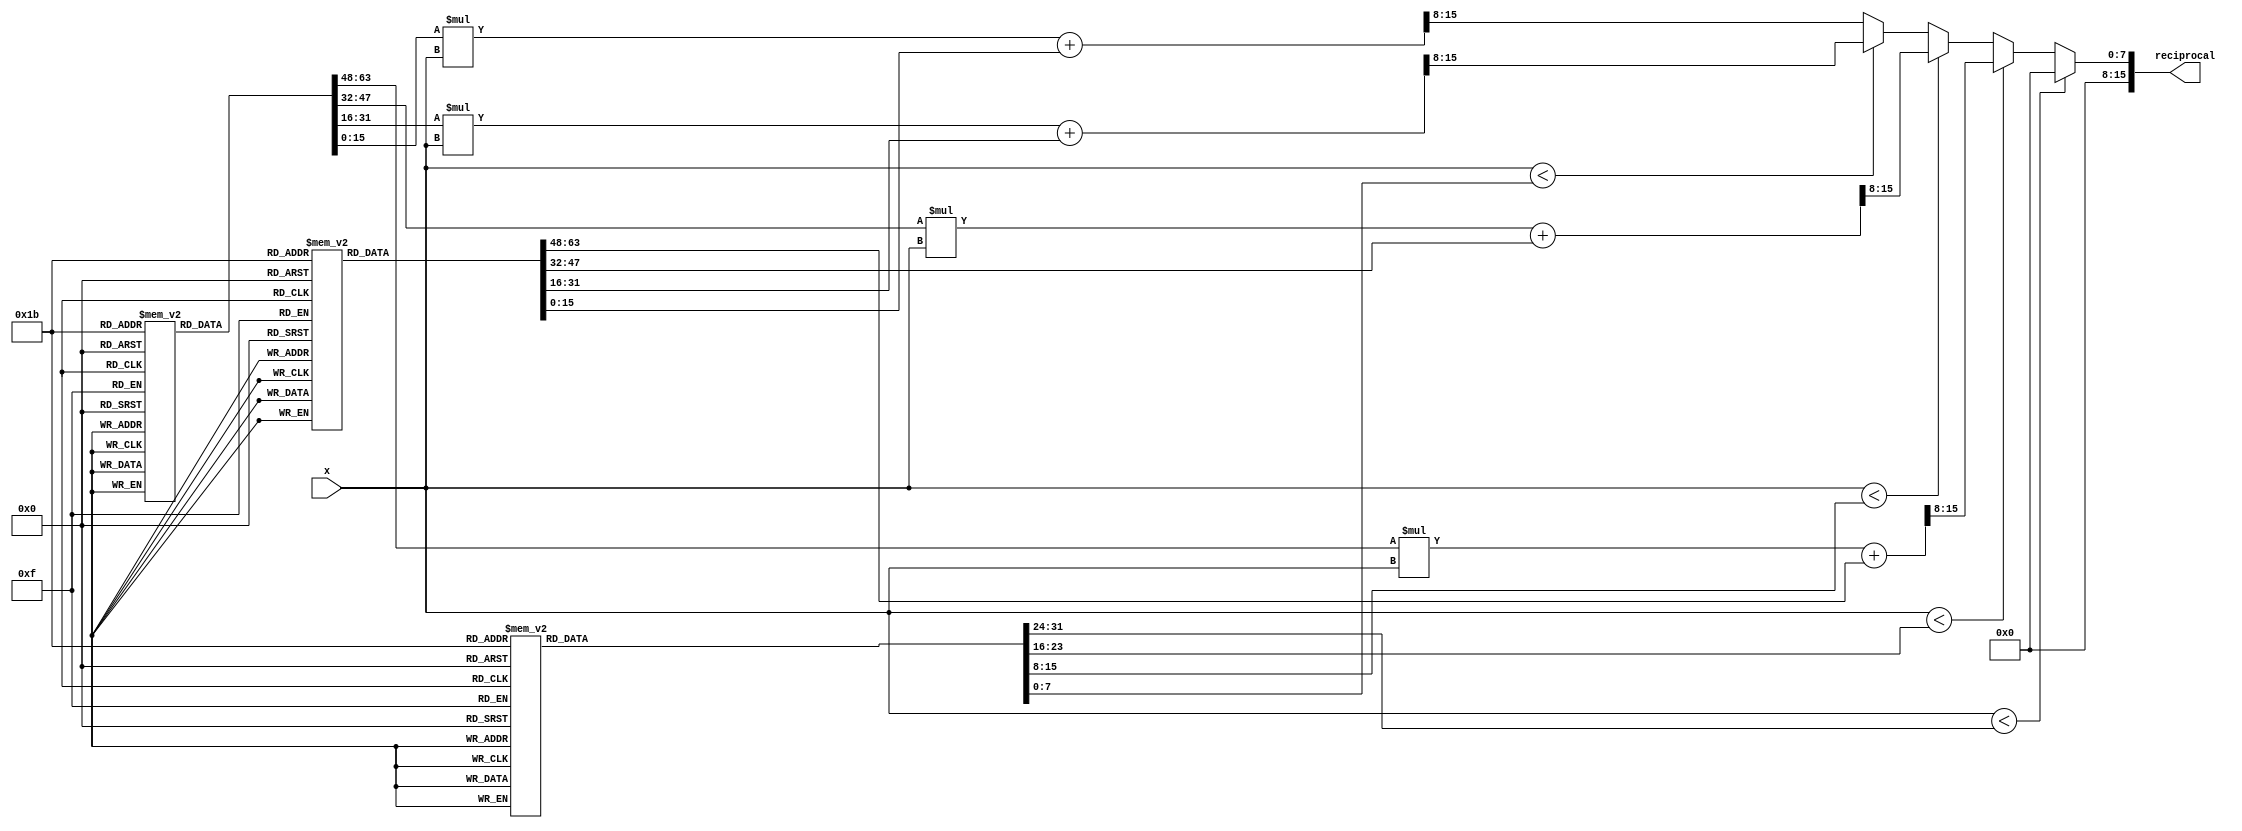
module PLAR (
    input wire [7:0] x,         // 8-bit input (fixed-point representation)
    output reg [15:0] reciprocal // 16-bit output (fixed-point representation)
);

    // Define the piecewise segments
    // For simplicity, we define 4 segments with their slopes and intercepts
    reg [7:0] segment_start [0:3]; // Start of each segment
    reg [15:0] slope [0:3];         // Slope for each segment
    reg [15:0] intercept [0:3];     // Intercept for each segment

    initial begin
        // Initialize segment ranges
        segment_start[0] = 8'd10;  // [0.1, 0.2)
        segment_start[1] = 8'd20;  // [0.2, 0.5)
        segment_start[2] = 8'd50;  // [0.5, 1.0)
        segment_start[3] = 8'd100; // [1.0, 2.0)

        // Initialize slopes and intercepts for each segment
        slope[0] = 16'd255;   // Example slope for segment 0
        intercept[0] = 16'd0;  // Example intercept for segment 0

        slope[1] = 16'd127;   // Example slope for segment 1
        intercept[1] = 16'd0;  // Example intercept for segment 1

        slope[2] = 16'd63;    // Example slope for segment 2
        intercept[2] = 16'd0;  // Example intercept for segment 2

        slope[3] = 16'd31;    // Example slope for segment 3
        intercept[3] = 16'd0;  // Example intercept for segment 3
    end

    always @(*) begin
        // Default output
        reciprocal = 16'd0;

        // Determine which segment the input x falls into
        if (x < segment_start[0]) begin
            // Handle edge case for very small x
            reciprocal = 16'd0; // or some large value to indicate overflow
        end else if (x < segment_start[1]) begin
            // Segment 0: [0.1, 0.2)
            reciprocal = (slope[0] * x + intercept[0]) >> 8; // Scale down
        end else if (x < segment_start[2]) begin
            // Segment 1: [0.2, 0.5)
            reciprocal = (slope[1] * x + intercept[1]) >> 8; // Scale down
        end else if (x < segment_start[3]) begin
            // Segment 2: [0.5, 1.0)
            reciprocal = (slope[2] * x + intercept[2]) >> 8; // Scale down
        end else begin
            // Segment 3: [1.0, 2.0)
            reciprocal = (slope[3] * x + intercept[3]) >> 8; // Scale down
        end
    end

endmodule